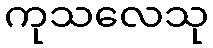
ကုသလေသု